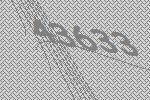
43633